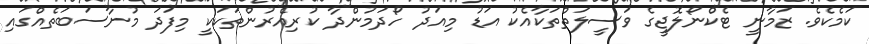
ކަމެކެވެ. ޒަމާނީ ޓެކްނޯލޮޖީގެ ވަސީލަތްތަކާއެކު އަޑު މިއަދު ހޯދަމުންދާ ކުރިއެރުންތަކަކީ މިފަދަ މުނާސަބަތެއްގައި